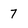
Character: 7